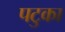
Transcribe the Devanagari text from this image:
पटुका